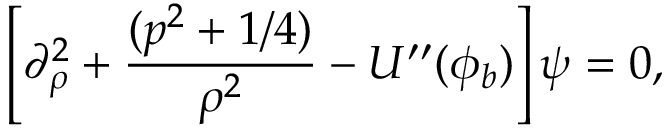
\left[ \partial _ { \rho } ^ { 2 } + \frac { ( p ^ { 2 } + 1 / 4 ) } { \rho ^ { 2 } } - U ^ { \prime \prime } ( \phi _ { b } ) \right] \psi = 0 ,